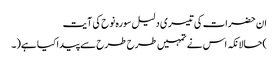
ان حضرات کی تیسری دلیل سورہ نوح کی آیت
)حالانکہ اس نے تمہیں طرح طرح سے پیداکیا ہے(۔